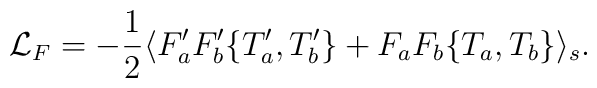
{\cal L}_{F}=-\frac{1}{2}\langle F_{a}^{\prime }F_{b}^{\prime}\{T_{a}^{\prime },T_{b}^{\prime }\}+F_{a}F_{b}\{T_{a},T_{b}\}\rangle _{s}.